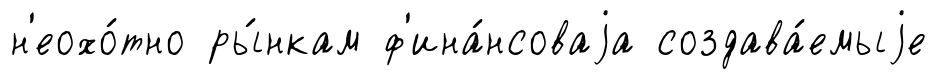
н'еохо́тно ры́нкам ф'ина́нсоваjа создава́емыjе